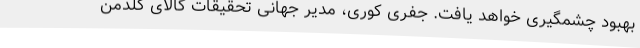
بهبود چشمگیری خواهد یافت. جفری کوری، مدیر جهانی تحقیقات کالای گلدمن